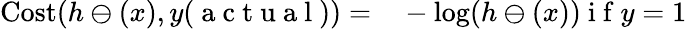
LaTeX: \begin{array}{rl}{\operatorname{Cost}(h\ominus(x),y(\mathrm{~a~c~t~u~a~l~}))=}&{{}-\log(h\ominus(x))\mathrm{~i~f~}y=1}\end{array}